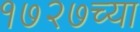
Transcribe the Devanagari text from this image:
१७२७च्या